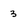
Character: 3